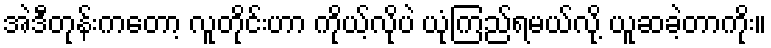
အဲဒီတုန်းကတော့ လူတိုင်းဟာ ကိုယ့်လိုပဲ ယုံကြည်ရမယ်လို့ ယူဆခဲ့တာကိုး။